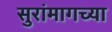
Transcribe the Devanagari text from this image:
सुरांमागच्या